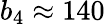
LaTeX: b_{4}\approx 140